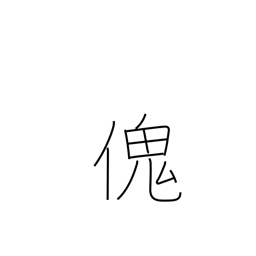
Meaning: large